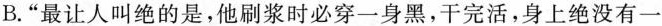
B.“最让人叫绝的是,他刷浆时必穿一身黑,干完活,身上绝没有一